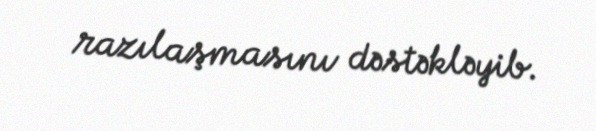
razılaşmasını dəstəkləyib.